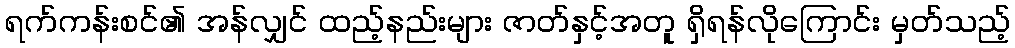
ရက်ကန်းစင်၏ အန်လျှင် ထည့်နည်းများ ဇာတ်နှင့်အတူ ရှိရန်လိုကြောင်း မှတ်သည့်